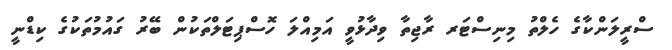
ސްރީލަންކާގެ ހެލްތު މިނިސްޓަރ ރާޖިތާ ވިދާޅުވީ އަމިއްލަ ހޮސްޕިޓަލްތަކުން ބޭރު ގައުމުތަކުގެ ކިޑްނީ